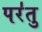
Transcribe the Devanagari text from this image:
पर॑तु